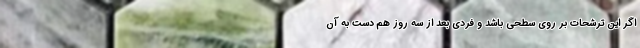
اگر این ترشحات بر روی سطحی باشد و فردی بعد از سه روز هم دست به آن